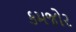
કમજોર